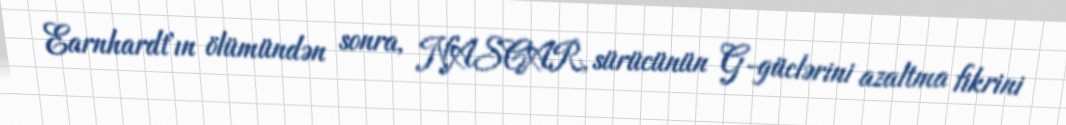
Earnhardt'ın ölümündən sonra, NASCAR, sürücünün G-güclərini azaltma fikrini